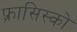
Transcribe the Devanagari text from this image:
फ़्रासिस्को